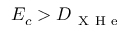
E _ { c } > D _ { \mathrm { ~ X ~ H ~ e ~ } }